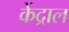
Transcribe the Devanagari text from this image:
केंद्राल